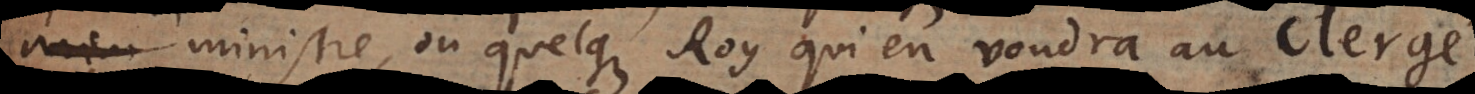
ministre, ou quelque Roy qui en voudra au college